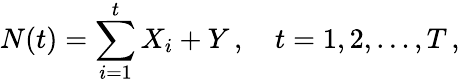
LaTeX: N(t)=\sum_{i=1}^{t}X_{i}+Y\, ,\quad t=1,2,\dots,T\, ,